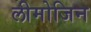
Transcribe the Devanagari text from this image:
लीमोजिन